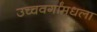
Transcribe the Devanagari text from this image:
उच्चवर्गांमधला